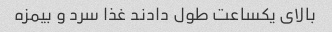
بالای یکساعت طول دادند غذا سرد و بیمزه